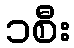
၁စီး